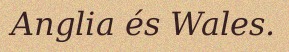
Anglia és Wales.